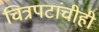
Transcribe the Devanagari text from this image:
चित्रपटांचीही